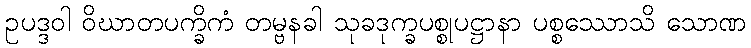
ဥပဒ္ဒဝါ ဝိဃာတပက္ခိကံ တမ္ဗနခါ သုခဒုက္ခပစ္စုပဋ္ဌာနာ ပစ္စဿောသိ သောဏ